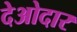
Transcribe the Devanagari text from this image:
देओदार